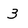
Character: 3